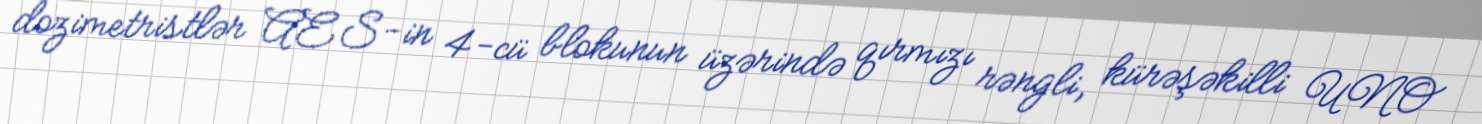
dozimetristlər AES-in 4-cü blokunun üzərində qırmızı rəngli, kürəşəkilli UNO